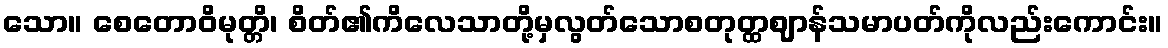
သော။ စေတောဝိမုတ္တိ၊ စိတ်၏ကိလေသာတို့မှလွတ်သောစတုတ္ထဈာန်သမာပတ်ကိုလည်းကောင်း။